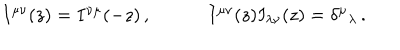
\begin{array} { c c } { { I ^ { \mu \nu } ( z ) = I ^ { \nu \mu } ( - z ) \, , ~ } } & { { ~ I ^ { \mu \nu } ( z ) I _ { \lambda \nu } ( z ) = \delta ^ { \mu } { } _ { \lambda } \, . } } \\ \end{array}